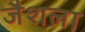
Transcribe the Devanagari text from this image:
जैशला